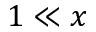
{ 1 \ll x }